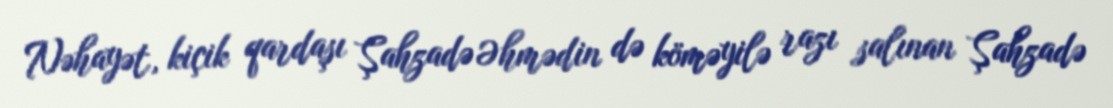
Nəhayət, kiçik qardaşı Şahzadə Əhmədin də köməyilə razı salınan Şahzadə